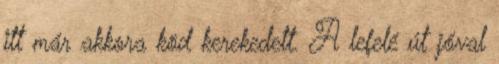
itt már akkora köd kerekedett. A lefelé út jóval